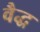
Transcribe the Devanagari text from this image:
वैद्ध